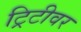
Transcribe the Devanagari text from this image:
ट्रिटीवर